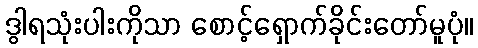
ဒွါရသုံးပါးကိုသာ စောင့်ရှောက်ခိုင်းတော်မူပုံ။